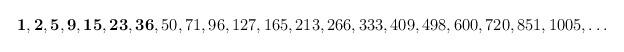
LaTeX: \begin{align*}{\bf 1,2,5,9,15,23,36},50,71,96,127,165,213,266,333,409,498,600,720,851,1005,\ldots\end{align*}